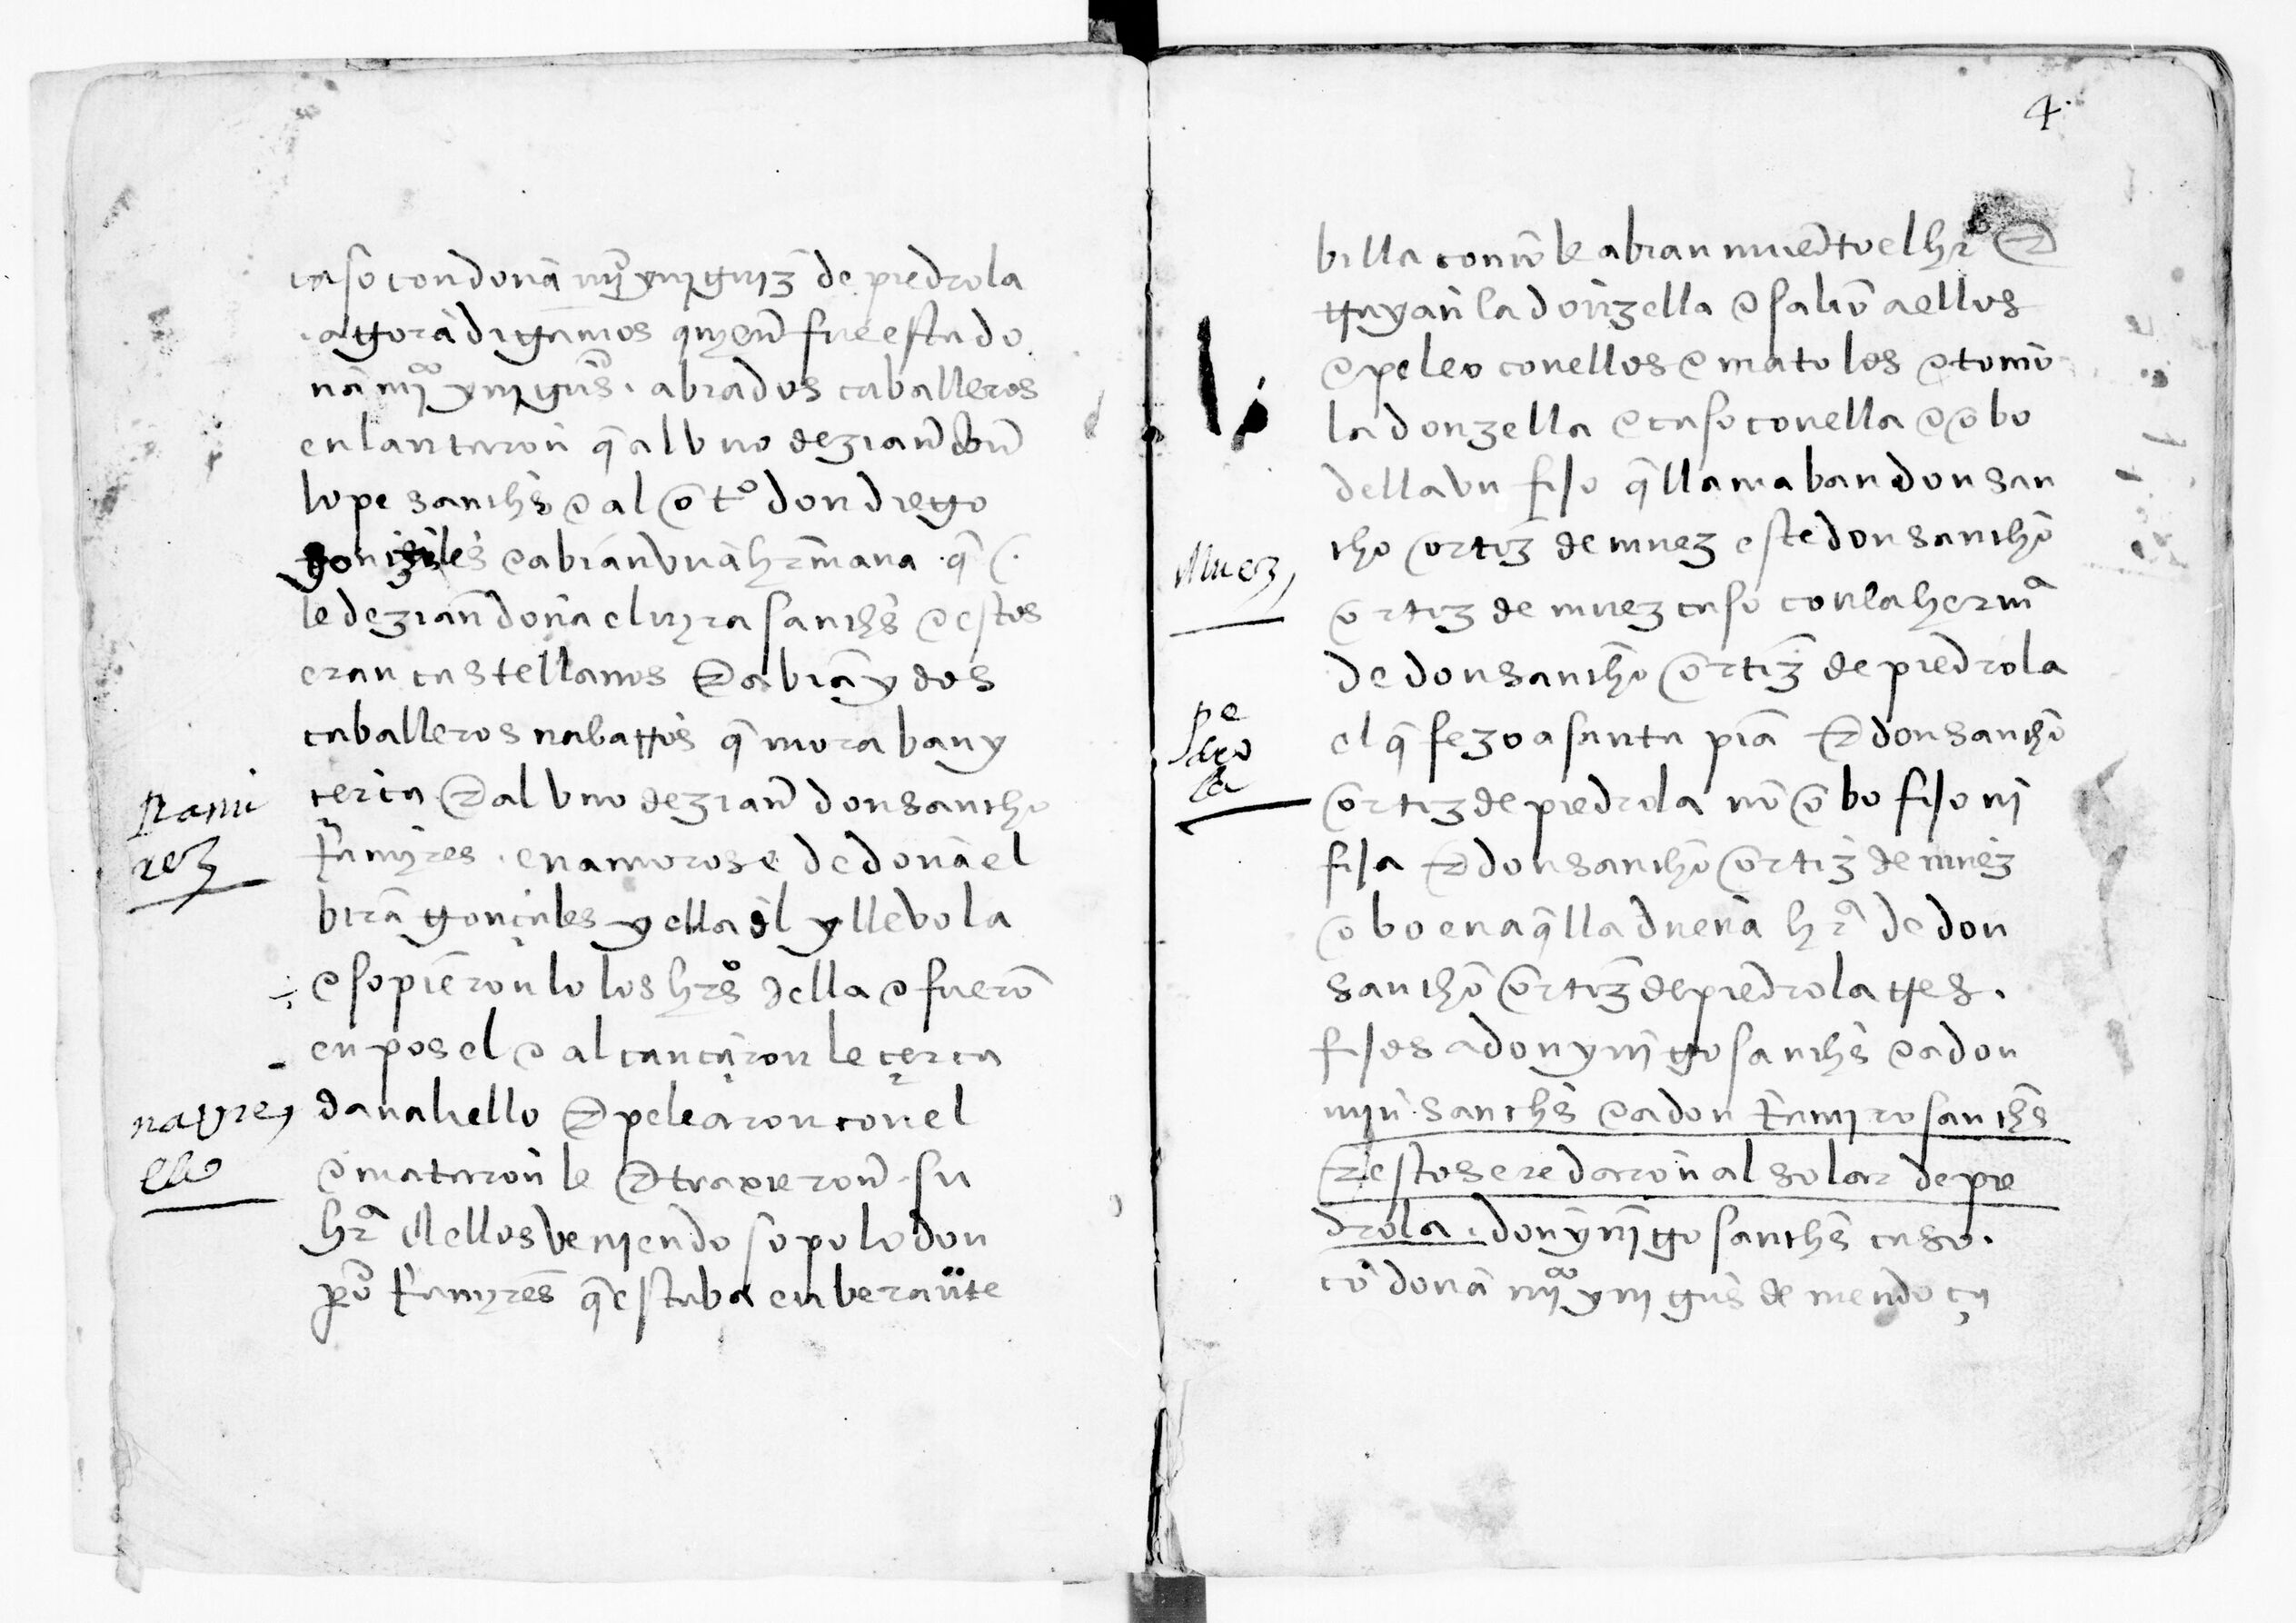
Shelfmark: Paris, BnF, esp. 285
Century: 15